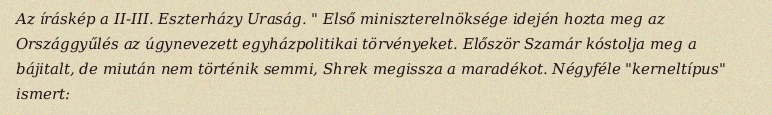
Az íráskép a II-III. Eszterházy Uraság. " Első miniszterelnöksége idején hozta meg az Országgyűlés az úgynevezett egyházpolitikai törvényeket. Először Szamár kóstolja meg a bájitalt, de miután nem történik semmi, Shrek megissza a maradékot. Négyféle "kerneltípus" ismert: